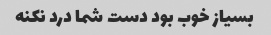
بسیاز خوب بود دست شما درد نکنه